King Institute of Preventive Medicine Micro-Biological Section reports 1909-11
Year: 1909
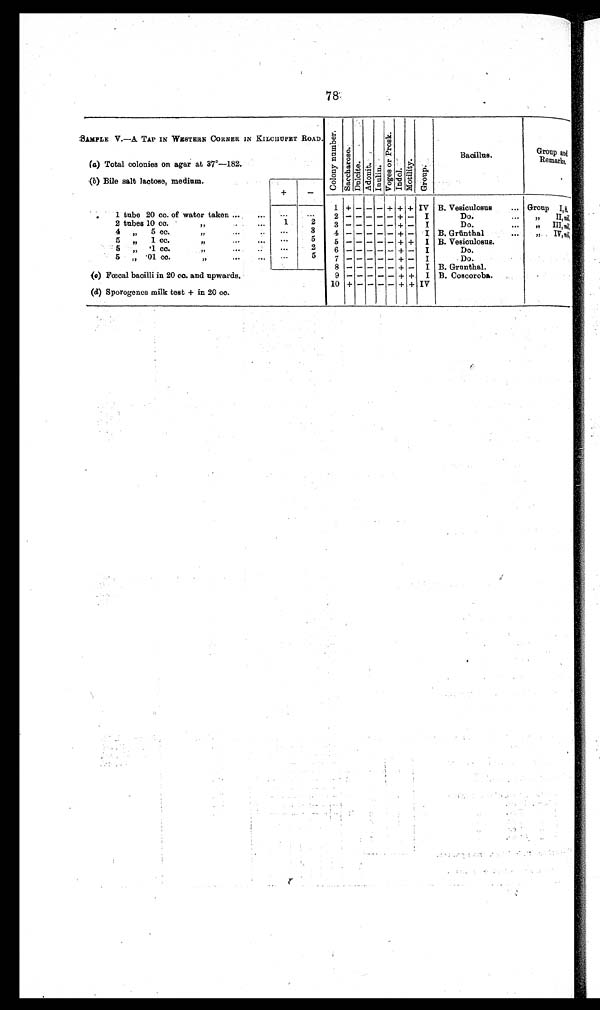
78
SAMPLE V.—A TAP IN WESTERN CORNER IN KILCHUPET ROAD. C o l o n y n u m b e r .
S a c c h a r o s e .
Du l c i t e . Adoni t . I n u l i n .
V o g e s o r P r o s k .
I n d o l . M o t i l i t y .
Gr o u p .
Bacillus.
Group and
Remark.
(a) Total colonies on agar at 37°–182.
( b ) Bi l e s a l t l a c t os e , me di um.
+ —
1 + — — — + + + IV B. Vesiculosus ... Group 1, 8.
1
tube 20 cc. of water taken ... ... ••• •.• 2
— — — — —
+
—
— I
Do.
• •. • " II, nil.
2 tubes 10 cc.
"
.. . ...
1
2 3
— — — — —
+ — I
Do.
... " III, ni l .
4 „ 5 cc.
„
•••
3 4
— — — — ——
+ — I B. Grunthal
••• " IV, nil.
5 „ 1 cc.
„,
... .•• •••
5 5
— — — — —
+ + I B. Vesiculosus.
5 „ .1 cc
„
... ....
...
2
6
— — — — —
+ — I
Do.
5 „
. 0 1 c c
„
,
•••
••
5 7
— — — — ——
+ — I
.Do.
8
— — — — —
+ — I B. Grunthal.
(c) Fœcal bacilli in 20 cc. and upwards.
9
— — — — —
+ + I B. Coscoroba.
10
— — —
— — + + IV
(d) Sporogenes milk test + in 20 cc.